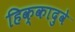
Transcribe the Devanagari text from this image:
हिक्कादुवे